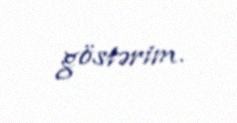
göstərim.